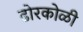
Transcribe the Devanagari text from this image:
ढोरकोळी